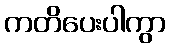
ကတိပေးပါကွာ